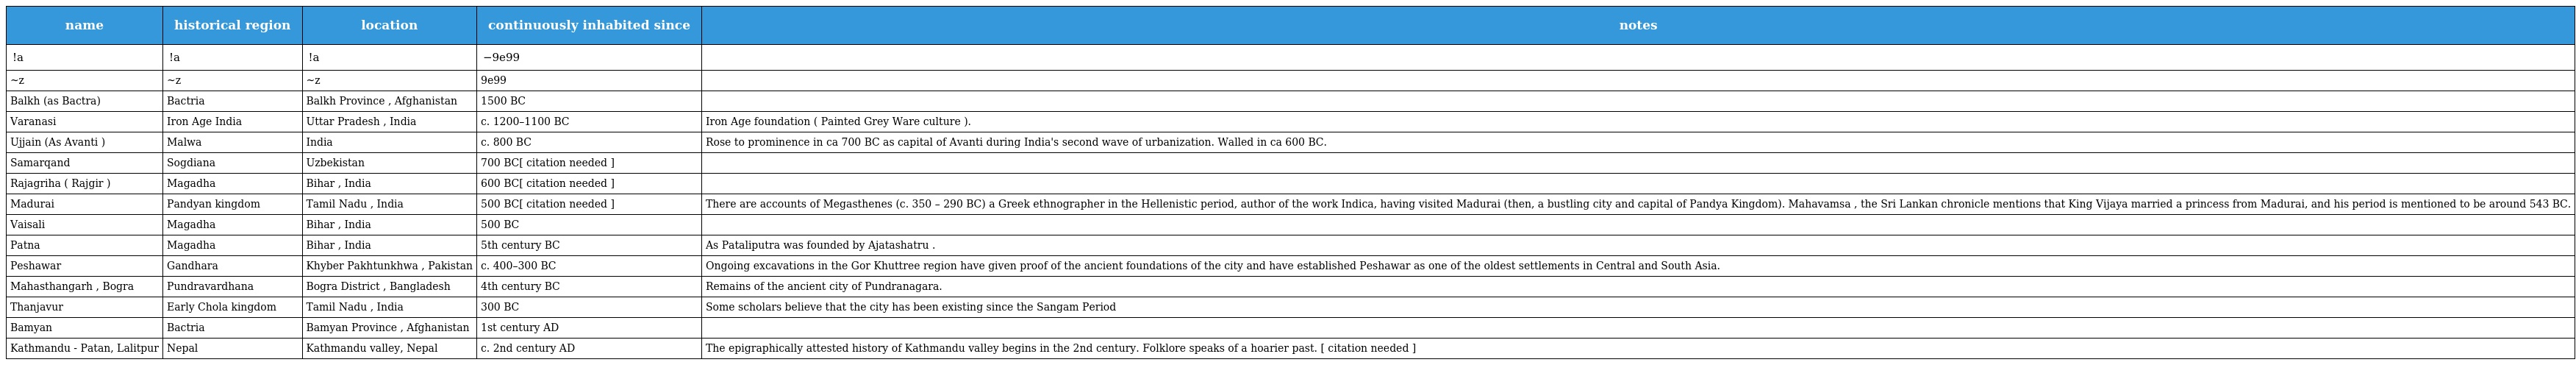
| name | historical region | location | continuously inhabited since | notes |
 | --- | --- | --- | --- | --- |
 | !a | !a | !a | −9e99 |  |
 | ~z | ~z | ~z | 9e99 |  |
 | Balkh (as Bactra) | Bactria | Balkh Province , Afghanistan | 1500 BC |  |
 | Varanasi | Iron Age India | Uttar Pradesh , India | c. 1200–1100 BC | Iron Age foundation ( Painted Grey Ware culture ). |
 | Ujjain (As Avanti ) | Malwa | India | c. 800 BC | Rose to prominence in ca 700 BC as capital of Avanti during India's second wave of urbanization. Walled in ca 600 BC. |
 | Samarqand | Sogdiana | Uzbekistan | 700 BC[ citation needed ] |  |
 | Rajagriha ( Rajgir ) | Magadha | Bihar , India | 600 BC[ citation needed ] |  |
 | Madurai | Pandyan kingdom | Tamil Nadu , India | 500 BC[ citation needed ] | There are accounts of Megasthenes (c. 350 – 290 BC) a Greek ethnographer in the Hellenistic period, author of the work Indica, having visited Madurai (then, a bustling city and capital of Pandya Kingdom). Mahavamsa , the Sri Lankan chronicle mentions that King Vijaya married a princess from Madurai, and his period is mentioned to be around 543 BC. |
 | Vaisali | Magadha | Bihar , India | 500 BC |  |
 | Patna | Magadha | Bihar , India | 5th century BC | As Pataliputra was founded by Ajatashatru . |
 | Peshawar | Gandhara | Khyber Pakhtunkhwa , Pakistan | c. 400–300 BC | Ongoing excavations in the Gor Khuttree region have given proof of the ancient foundations of the city and have established Peshawar as one of the oldest settlements in Central and South Asia. |
 | Mahasthangarh , Bogra | Pundravardhana | Bogra District , Bangladesh | 4th century BC | Remains of the ancient city of Pundranagara. |
 | Thanjavur | Early Chola kingdom | Tamil Nadu , India | 300 BC | Some scholars believe that the city has been existing since the Sangam Period |
 | Bamyan | Bactria | Bamyan Province , Afghanistan | 1st century AD |  |
 | Kathmandu - Patan, Lalitpur | Nepal | Kathmandu valley, Nepal | c. 2nd century AD | The epigraphically attested history of Kathmandu valley begins in the 2nd century. Folklore speaks of a hoarier past. [ citation needed ] |